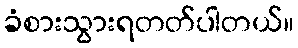
ခံစားသွားရတတ်ပါတယ်။